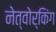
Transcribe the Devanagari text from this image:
नेत्वोर्किंग